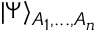
\vert \Psi \rangle _ { A _ { 1 } , . . . , A _ { n } }